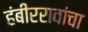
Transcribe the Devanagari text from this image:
हंबीररावांचा